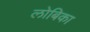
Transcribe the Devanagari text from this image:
लोबिका